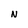
Character: n